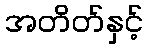
အတိတ်နှင့်